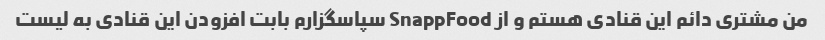
من مشترى دائم این قنادى هستم و از SnappFood سپاسگزارم بابت افزودن این قنادى به لیست